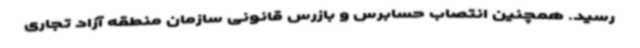
رسید. همچنین انتصاب حسابرس و بازرس قانونی سازمان منطقه آزاد تجاری